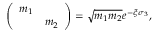
\left( \begin{array} { c c } { { m _ { 1 } } } & { { } } \\ { { } } & { { m _ { 2 } } } \end{array} \right) = \sqrt { m _ { 1 } m _ { 2 } } e ^ { - \xi \sigma _ { 3 } } ,